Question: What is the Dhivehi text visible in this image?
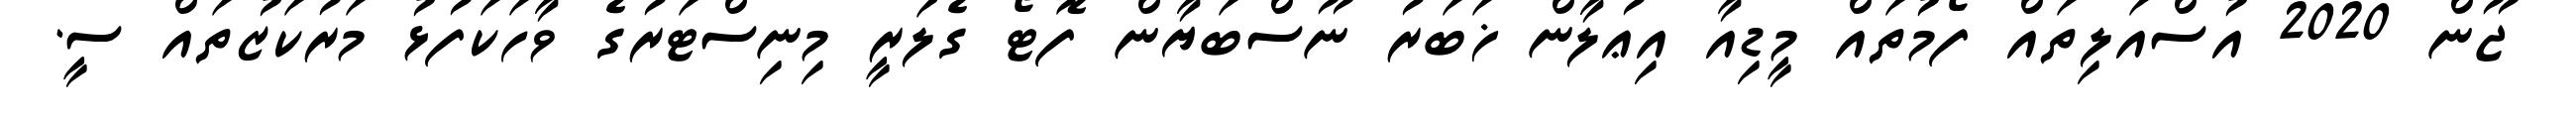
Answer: ޖޫން 2020 އުސްއަލިތައް ފޯމުތައް މީޑިއާ އިޢުލާން ޚަބަރު ނޫސްބަޔާން ފޮޓޯ ގެލަރީ މިނިސްޓަރުގެ ވާހަކަފުޅު މަރުކަޒުތައް ސީ.